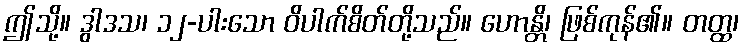
ဤသို့။ ဒွါဒသ၊ ၁၂-ပါးသော ဝိပါက်စိတ်တို့သည်။ ဟောန္တိ၊ ဖြစ်ကုန်၏။ တတ္ထ၊